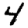
Digit: 4